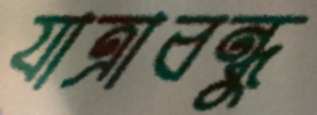
যাত্রাবন্ধু